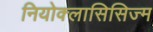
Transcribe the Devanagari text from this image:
नियोक्लासिसिज्म